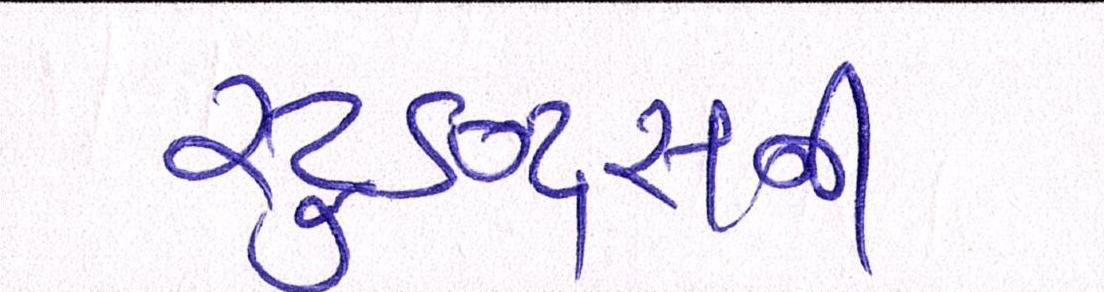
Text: સ્ટુડન્ટ્સની